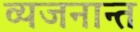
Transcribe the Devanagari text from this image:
व्यजनान्त